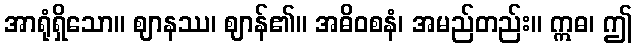
အာရုံရှိသော။ ဈာနဿ၊ ဈာန်၏။ အဓိဝစနံ၊ အမည်တည်း။ ဣဓ၊ ဤ